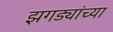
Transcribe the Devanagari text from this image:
झगड्यांच्या